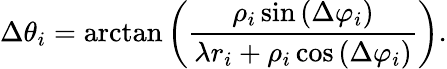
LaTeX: \Delta\theta_{i}=\arctan{\left(\frac{\rho_{i}\sin{\left(\Delta\varphi_{i}\right)}}{\lambda r_{i}+\rho_{i}\cos{\left(\Delta\varphi_{i}\right)}}\right)}.